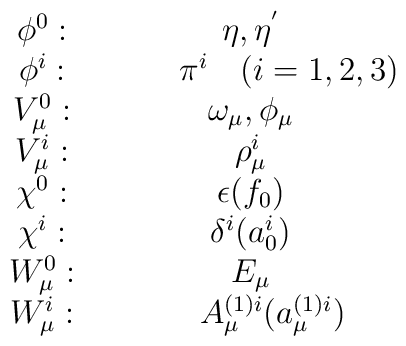
\begin{array}{cc}\phi^{0}: & \eta, \eta^{'}   \\\phi^{i}: & ~~~~~~~\pi^{i}~~~(i=1, 2, 3)   \\V_{\mu}^{0}: & \omega_{\mu}, \phi_{\mu}  \\V_{\mu}^{i}: & \rho_{\mu}^{i}  \\\chi^{0}: & \epsilon (f_{0})  \\\chi^{i}: &  \delta^{i} (a_{0}^{i})   \\W_{\mu}^{0}: & E_{\mu} \\W_{\mu}^{i}: & ~~~~A_{\mu}^{(1) i} (a_{\mu}^{(1) i})\end{array}